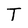
Character: T